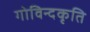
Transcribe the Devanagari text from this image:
गोविन्दकृति